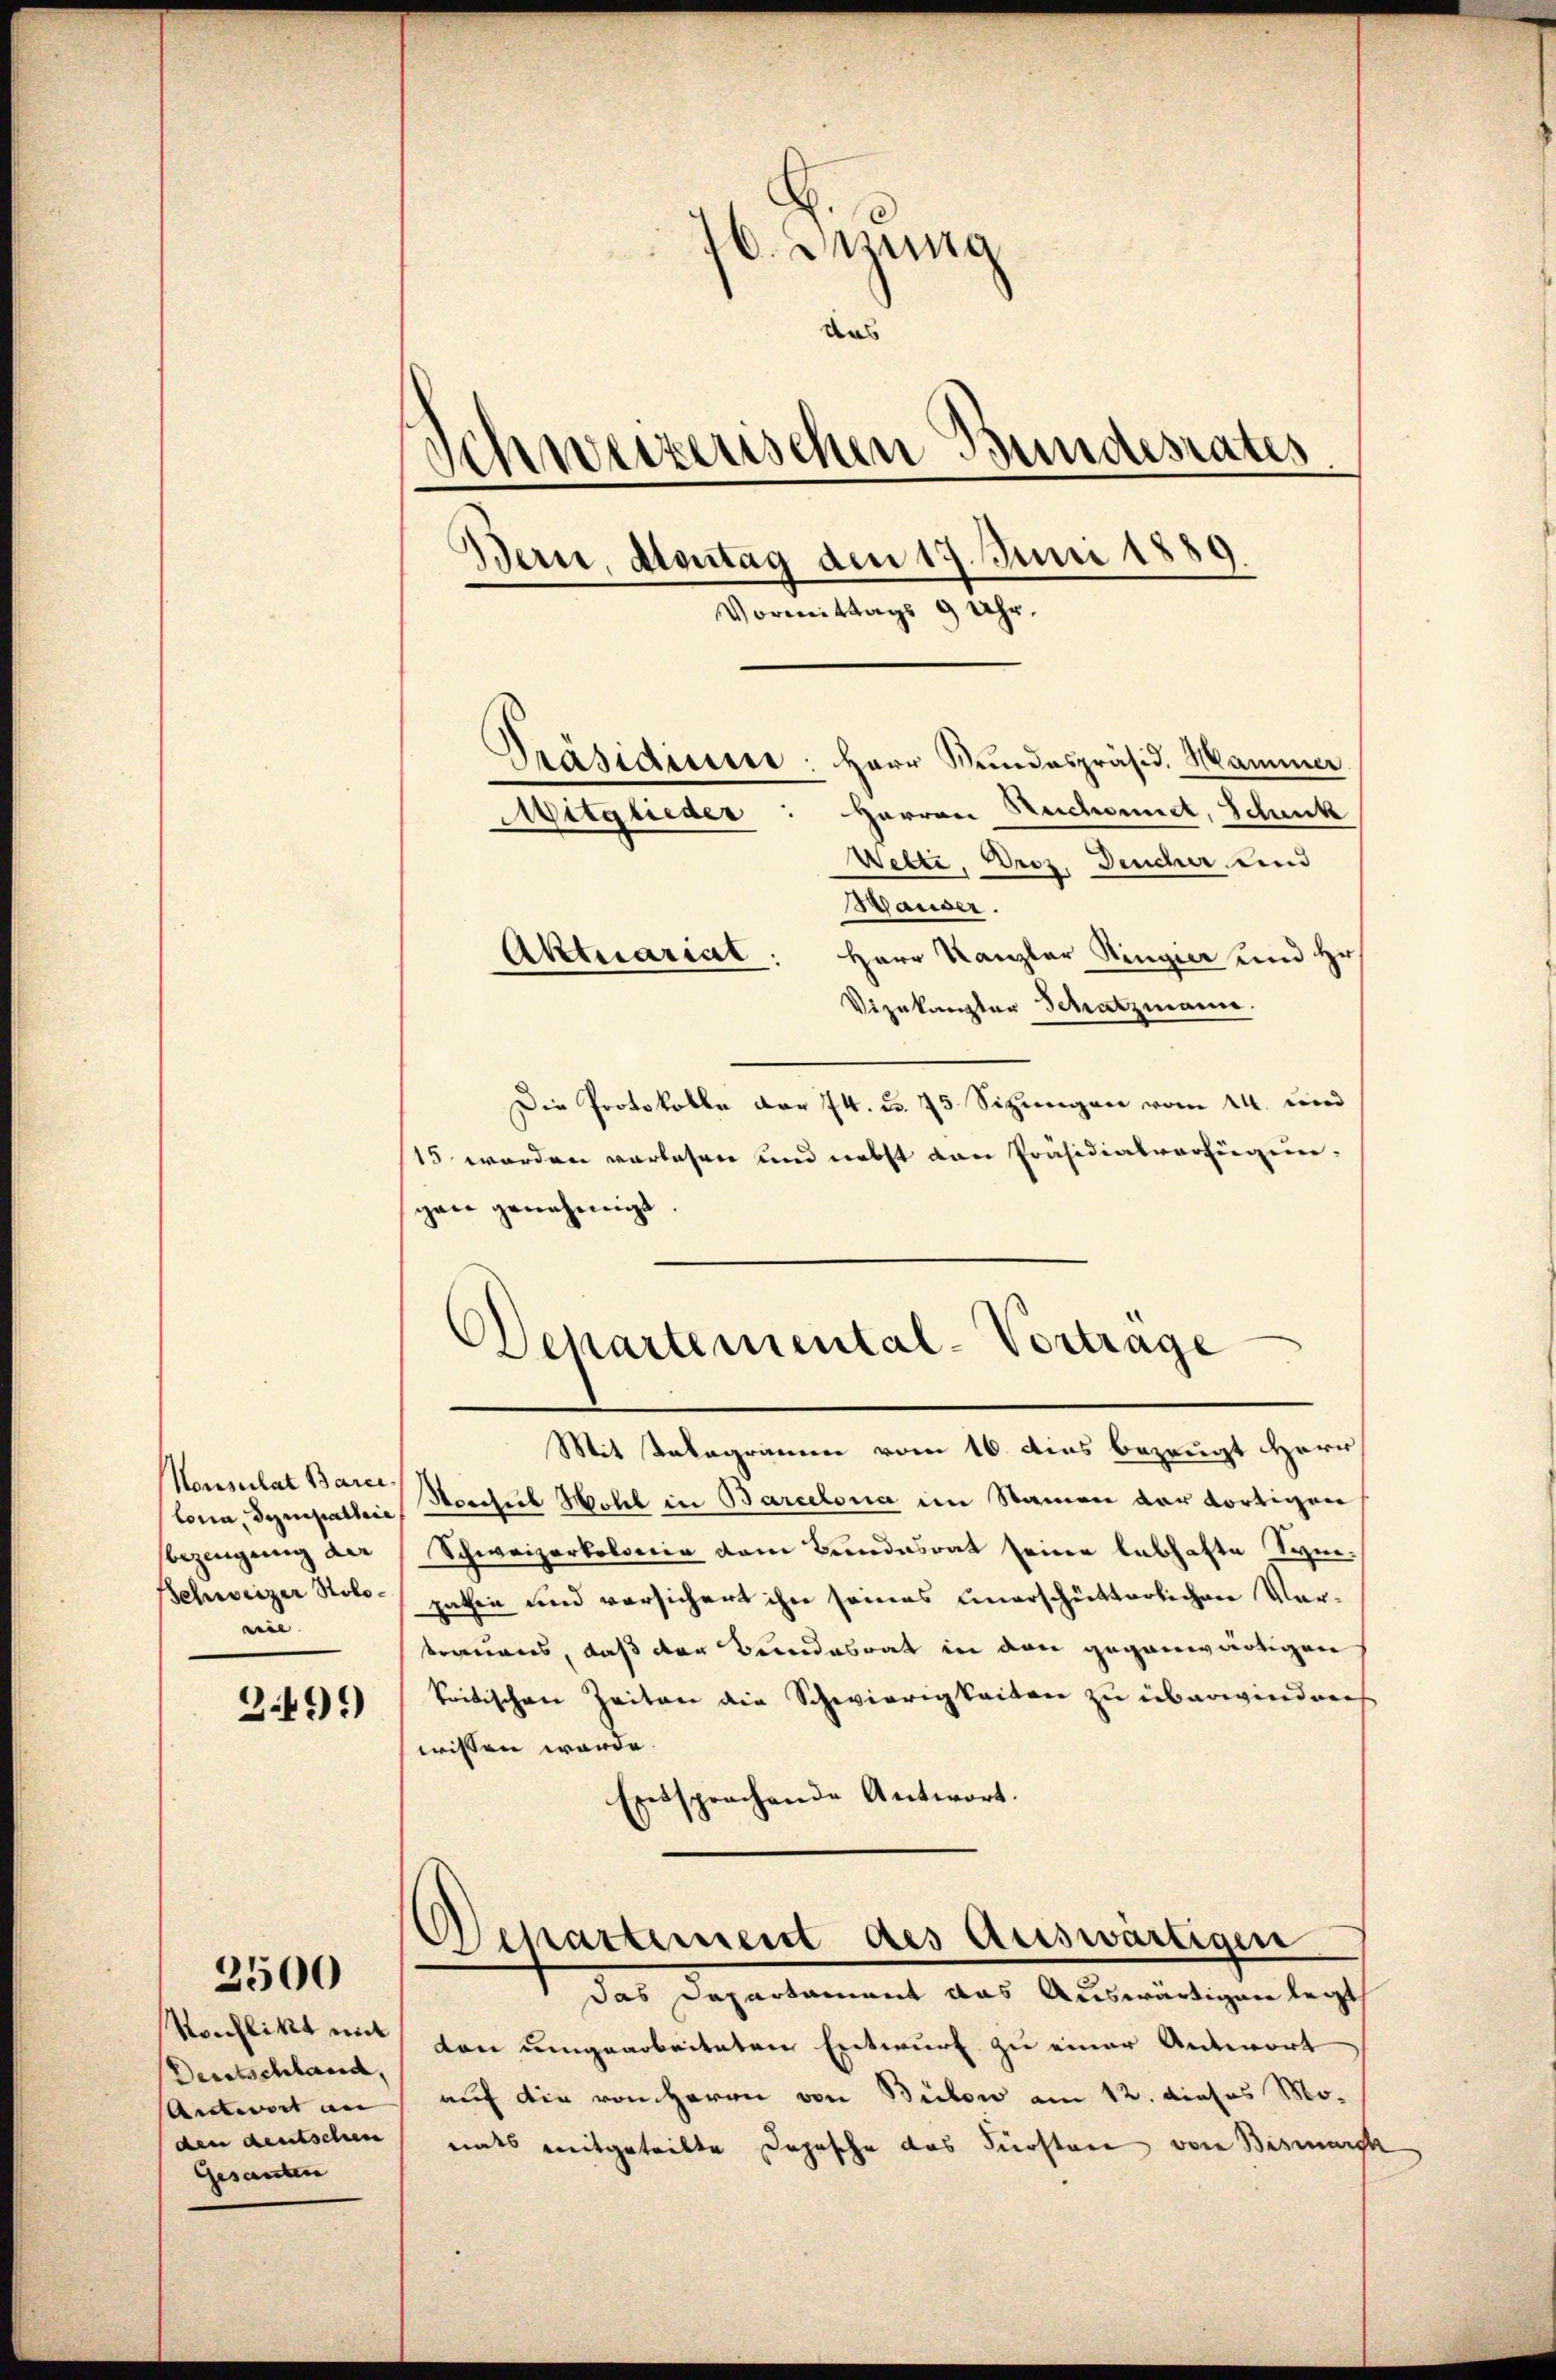
Konsulat Barce
bezeugung der
eie

3.491)

Dertschland,
Antwort an
Gesanten

2500

26. Jung
das
weizerischen Bundesrates
d
Bern, Montag den 17. Juni 1889.
Vormittags 9 Uhr.

Präsidium: Herr Rŭndespräsid. Mammer
Witglieder: Herren Ruchonnet, Schenk
Wette, Droz. Deucher und
Hauser.
Aktuariat: Herr Kanzler Ringier und Hr.
Vizekanzler Schatzmann.
Die Protokolle der 74. u. 75 Sizungen vom 14. und
15 worden vorlesen und nebst von Präsidialverfügungan genehmigt
Mit Telegramm vom 16. dies bezeugt Herr
tonia, Sympallen Hochs Wohl in Barcelona im Namen der dortigen
Schweizerkolonia dem Bundesrat seiner lebhafte Syn¬
Schweizer Stolo pathin und versichert ihn seines unerschütterlichen Vor-
traumes, daß der Bundesrat in den gegenwärtigen
kritischen Zeiten die Schwierigkeiten zu überwinderes
wissen werde.
Entsprachende Antwort.
Departement des Auswärtigen
das Departament das Auswärtigen legt
Konflikt in von umgearbeiteten Entwurf zu einer Antwort
auf die von Herrn von Bülow am 12. dieses Mo-
den deutschen nats mitgeteilte Depesche das Fürsten von Bismarck

Dchartemental-Vortrage